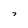
Character: 7